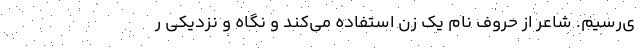
ی‌رسیم. شاعر از حروفِ نامِ یک زن استفاده می‌کند و نگاه و نزدیکی ر